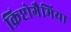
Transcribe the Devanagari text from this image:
क्रिप्टोगैमिया